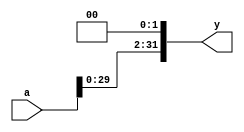
`timescale 1ns / 1ps
//////////////////////////////////////////////////////////////////////////////////
// Company: 
// Engineer: 
// 
// Design Name: 
// Module Name:    sl2 
// Project Name: 
// Target Devices: 
// Tool versions: 
// Description: 
//
// Dependencies: 
//
// Revision: 
// Revision 0.01 - File Created
// Additional Comments: 
//
//////////////////////////////////////////////////////////////////////////////////
module sl2(input wire [31:0] a,
				output wire [31:0] y
);
// shift left by 2
assign y = {a[29:0], 2'b00};
endmodule